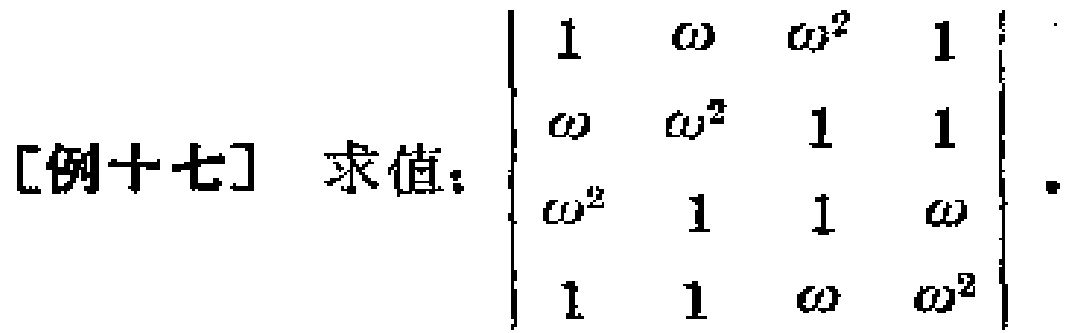
[例十七] 求值：$\begin{vmatrix}
1 & \omega & \omega^{2} & 1 \\
\omega & \omega^{2} & 1 & 1 \\
\omega^{2} & 1 & 1 & \omega \\
1 & 1 & \omega & \omega^{2}
\end{vmatrix}$